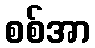
စစ်အာ